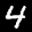
Label: 4